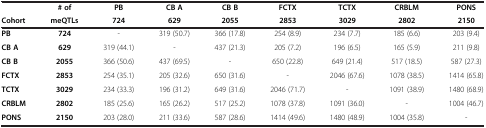
<table><thead><tr><td><b> </b></td><td><b># of</b></td><td><b>PB</b></td><td><b>CB A</b></td><td><b>CB B</b></td><td><b>FCTX</b></td><td><b>TCTX</b></td><td><b>CRBLM</b></td><td><b>PONS</b></td></tr><tr><td><b>Cohort</b></td><td><b>meQTLs</b></td><td><b>724</b></td><td><b>629</b></td><td><b>2055</b></td><td><b>2853</b></td><td><b>3029</b></td><td><b>2802</b></td><td><b>2150</b></td></tr></thead><tbody><tr><td><b>PB</b></td><td><b>724</b></td><td>-</td><td>319 (50.7)</td><td>366 (17.8)</td><td>254 (8.9)</td><td>234 (7.7)</td><td>185 (6.6)</td><td>203 (9.4)</td></tr><tr><td><b>CB A</b></td><td><b>629</b></td><td>319 (44.1)</td><td>-</td><td>437 (21.3)</td><td>205 (7.2)</td><td>196 (6.5)</td><td>165 (5.9)</td><td>211 (9.8)</td></tr><tr><td><b>CB B</b></td><td><b>2055</b></td><td>366 (50.6)</td><td>437 (69.5)</td><td>-</td><td>650 (22.8)</td><td>649 (21.4)</td><td>517 (18.5)</td><td>587 (27.3)</td></tr><tr><td><b>FCTX</b></td><td><b>2853</b></td><td>254 (35.1)</td><td>205 (32.6)</td><td>650 (31.6)</td><td>-</td><td>2046 (67.6)</td><td>1078 (38.5)</td><td>1414 (65.8)</td></tr><tr><td><b>TCTX</b></td><td><b>3029</b></td><td>234 (33.3)</td><td>196 (31.2)</td><td>649 (31.6)</td><td>2046 (71.7)</td><td>-</td><td>1091 (38.9)</td><td>1480 (68.9)</td></tr><tr><td><b>CRBLM</b></td><td><b>2802</b></td><td>185 (25.6)</td><td>165 (26.2)</td><td>517 (25.2)</td><td>1078 (37.8)</td><td>1091 (36.0)</td><td>-</td><td>1004 (46.7)</td></tr><tr><td><b>PONS</b></td><td><b>2150</b></td><td>203 (28.0)</td><td>211 (33.6)</td><td>587 (28.6)</td><td>1414 (49.6)</td><td>1480 (48.9)</td><td>1004 (35.8)</td><td>-</td></tr></tbody></table>